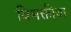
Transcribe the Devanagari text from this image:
विभक्तीचा